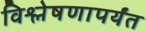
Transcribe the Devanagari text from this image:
विश्लेषणापर्यंत